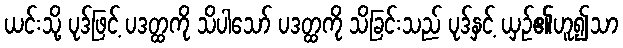
ယင်းသို့ ပုဒ်ဖြင့် ပဒတ္ထကို သိပါသော် ပဒတ္ထကို သိခြင်းသည် ပုဒ်နှင့် ယှဉ်၏ဟူ၍သာ